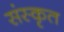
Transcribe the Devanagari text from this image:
संस्‍कृत